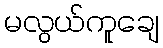
မလွယ်ကူချေ